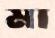
মা